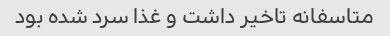
متاسفانه تاخیر داشت و غذا سرد شده بود